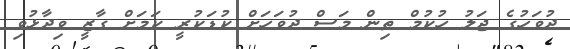
ދުވަހުގެ ޖަލު ހުކުމް ތިން މަސް ދުވަހަށް ކުޑަކުރީ ކަމަށް ގާޒީ ވިދާޅުވި